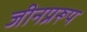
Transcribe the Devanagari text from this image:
जीनप्ररूप